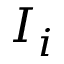
I _ { i }